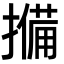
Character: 𭢨